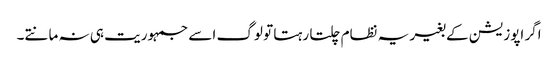
اگر اپوزیشن کے بغیر یہ نظام چلتا رہتا تو لوگ اسے جمہوریت ہی نہ مانتے۔